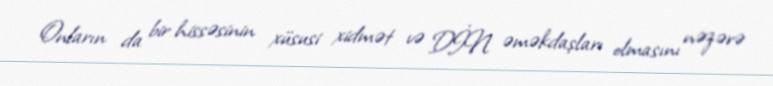
Onların da bir hissəsinin xüsusi xidmət və DİN əməkdaşları olmasını nəzərə